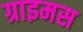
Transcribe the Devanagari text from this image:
ग्राइमस